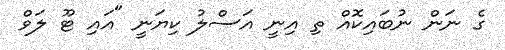
ގެ ނަން ނުބައިކޮއް ތި އިނީ އަސްލު ކިޔަނީ "އައި ޓޫ ލަވް